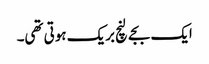
ایک بجے لنچ بریک ہوتی تھی۔